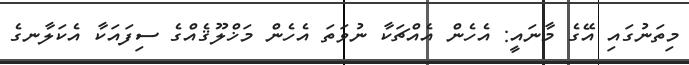
މިތަނުގައި އޭގެ މާނައީ: އެހެން އެއްޗަކާ ނުވަތަ އެހެން މަޚްލޫޤެއްގެ ސިފައަކާ އެކަލާނގެ